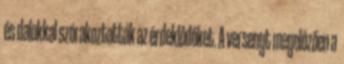
és dalokkal szórakoztatták az érdeklődőket. A versenyt megelőzően a